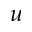
u